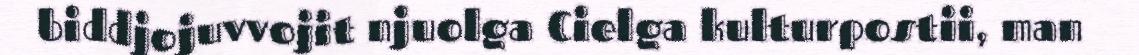
biddjojuvvojit njuolga Cielga kulturpostii, man